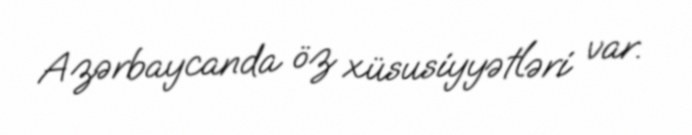
Azərbaycanda öz xüsusiyyətləri var.